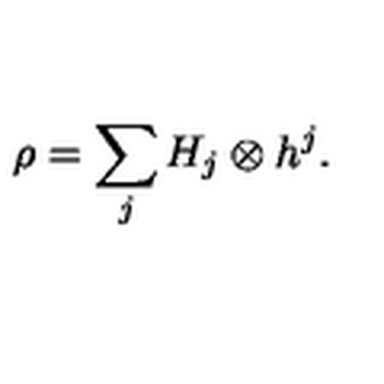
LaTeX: \rho = \sum _ { j } H _ { j } \otimes h ^ { j } .